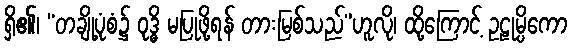
ရှိ၏၊ “တချို့ပုံစံ၌ ဝုဒ္ဓိ မပြုဖို့ရန် တားမြစ်သည်”ဟူလို၊ ထို့ကြောင့် ဥဠုမ္ပိကော